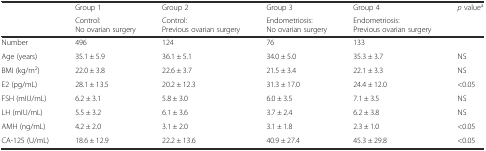
| <ROWSPAN=2>  | Group 1 | Group 2 | Group 3 | Group 4 | <ROWSPAN=2> p valuea |
 | Control: No ovarian surgery | Control: Previous ovarian surgery | Endometriosis: No ovarian surgery | Endometriosis: Previous ovarian surgery |
 | --- | --- | --- | --- | --- | --- |
 | Number | 496 | 124 | 76 | 133 |  |
 | Age (years) | 35.1 ± 5.9 | 36.1 ± 5.1 | 34.0 ± 5.0 | 35.3 ± 3.7 | NS |
 | BMI (kg/m2) | 22.0 ± 3.8 | 22.6 ± 3.7 | 21.5 ± 3.4 | 22.1 ± 3.3 | NS |
 | E2 (pg/mL) | 28.1 ± 13.5 | 20.2 ± 12.3 | 31.3 ± 17.0 | 24.4 ± 12.0 | <0.05 |
 | FSH (mIU/mL) | 6.2 ± 3.1 | 5.8 ± 3.0 | 6.0 ± 3.5 | 7.1 ± 3.5 | NS |
 | LH (mIU/mL) | 5.5 ± 3.2 | 6.1 ± 3.6 | 3.7 ± 2.4 | 6.2 ± 3.8 | NS |
 | AMH (ng/mL) | 4.2 ± 2.0 | 3.1 ± 2.0 | 3.1 ± 1.8 | 2.3 ± 1.0 | <0.05 |
 | CA-125 (U/mL) | 18.6 ± 12.9 | 22.2 ± 13.6 | 40.9 ± 27.4 | 45.3 ± 29.8 | <0.05 |